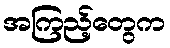
အကြည့်တွေက